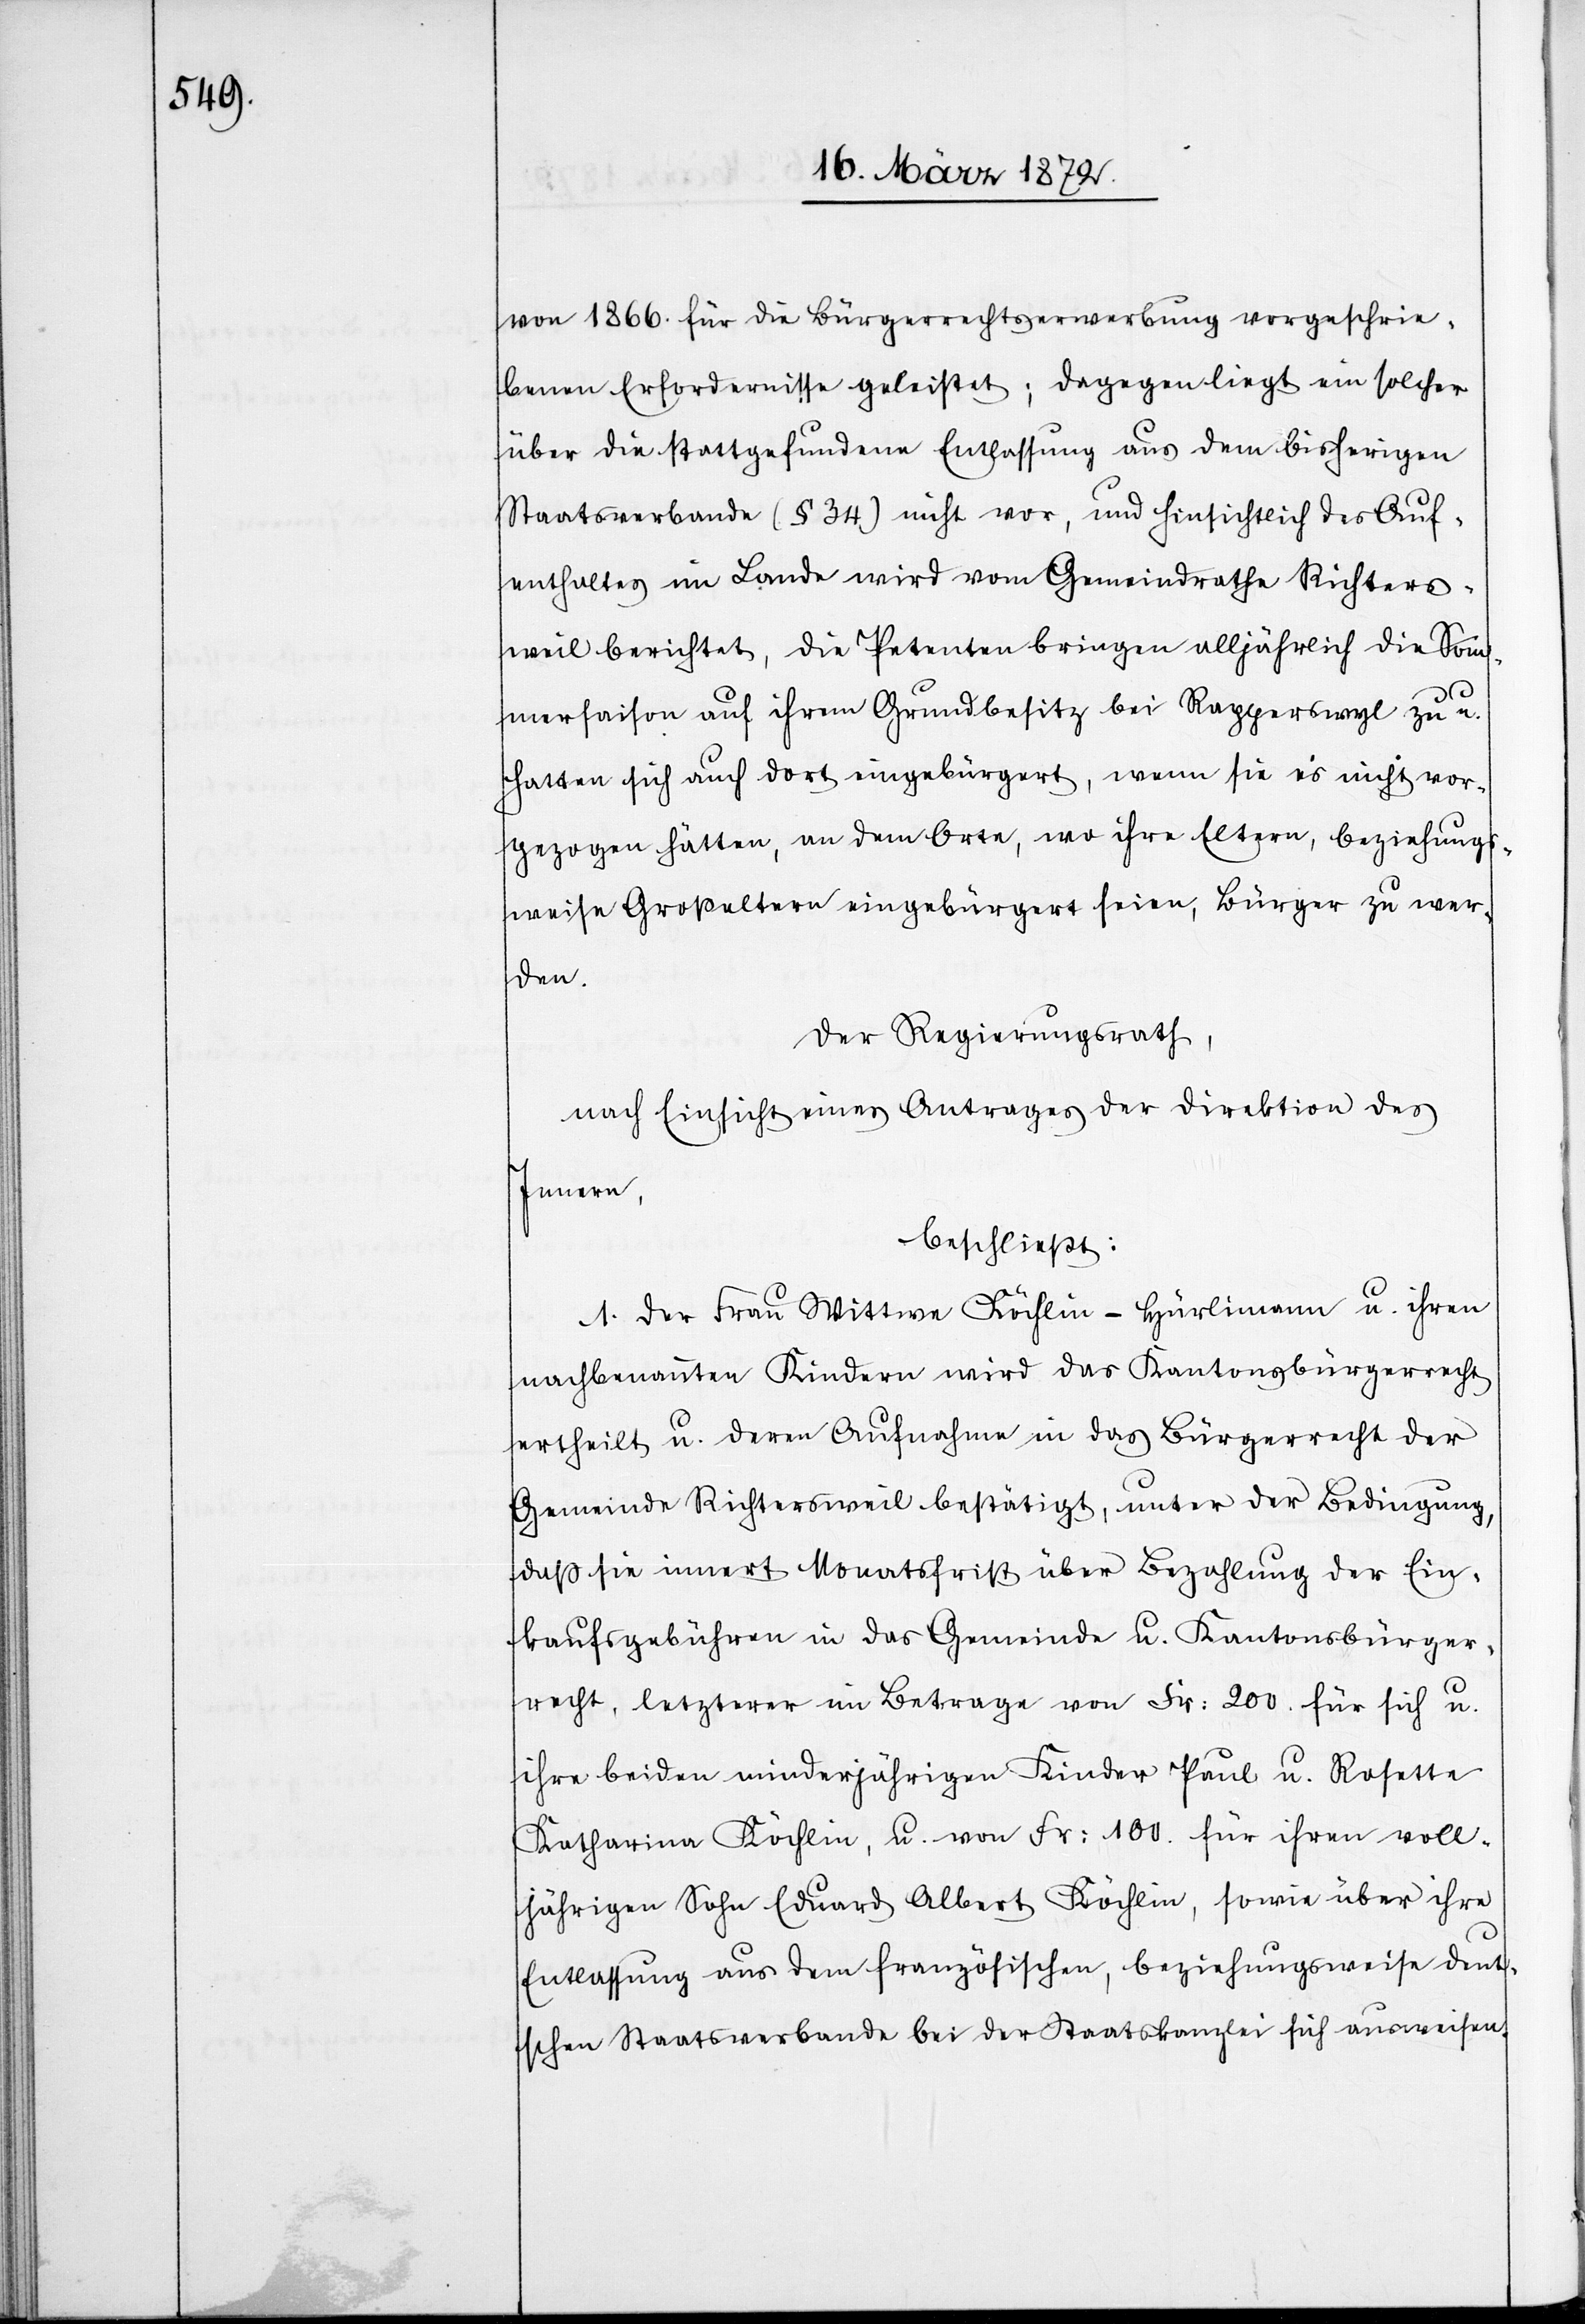
von 1866. für die Bürgerrechtserwerbung vorgeschrie¬
benen Erfordernisse geleistet; dagegen liegt ein solcher
über die stattgefundene Entlassung aus dem bisherigen
Staatsverbande (§ 34) nicht vor, und hinsichtlich des Auf¬
enthaltes im Lande wird vom Gemeindrathe Richters¬
weil berichtet, die Petenten bringen alljährlich die Som¬
mersaison auf ihrem Grundbesitz bei Rapperswyl zu u.
hatten sich auch dort eingebürgert, wenn sie es nicht vor¬
gezogen hätten, an dem Orte, wo ihre Eltern, beziehungs¬
weise Großeltern eingebürgert seien, Bürger zu wer¬
den.
Der Regierungsrath,
nach Einsicht eines Antrages der Direktion des
Innern,
beschließt:
1. Der Frau Wittwe Köchlin-Hürlimann u. ihren
nachgenannten Kindern wird das Kantonsbürgerrecht
ertheilt u. deren Aufnahme in das Bürgerrecht der
Gemeinde Richtersweil bestätigt, unter der Bedingung,
daß sie innert Monatsfrist über Bezahlung der Ein¬
kaufsgebühren in das Gemeinde u. Kantonsbürger¬
recht, letzterer im Betrage vom Fr: 200. für sich u.
ihre beiden minderjährigen Kinder Paul u. Rosette
Katharina Köchlin, u. von Fr: 100. für ihren voll¬
jährigen Sohn Eduard Albert Köchlin, sowie über ihre
Entlassung aus dem französischen, beziehungsweise deut¬
schen Staatsverbande bei der Staatskanzlei sich ausweisen.